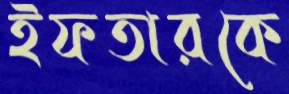
ইফতারকে